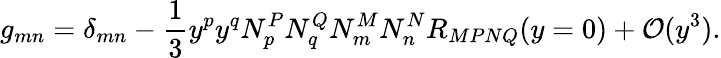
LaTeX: g_{mn}=\delta_{mn}-\frac{1}{3}y^{p}y^{q}N_{p}^{P}N_{q}^{Q}N_{m}^{M}N_{n}^{N}R_{MPNQ}(y=0)+{\cal O}(y^{3}).